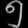
Digit: ၅